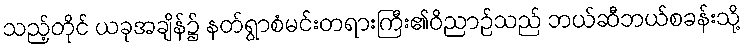
သည့်တိုင် ယခုအချိန်၌ နတ်ရွာစံမင်းတရားကြီး၏ဝိညာဉ်သည် ဘယ်ဆီဘယ်စခန်းသို့